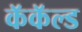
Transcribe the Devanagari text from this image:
कॅकॅल्ड